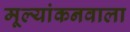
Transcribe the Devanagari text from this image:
मूल्यांकनवाला